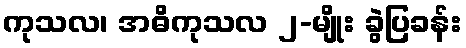
ကုသလ၊ အဓိကုသလ ၂-မျိုး ခွဲပြခန်း